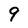
Character: 9